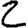
Digit: 2